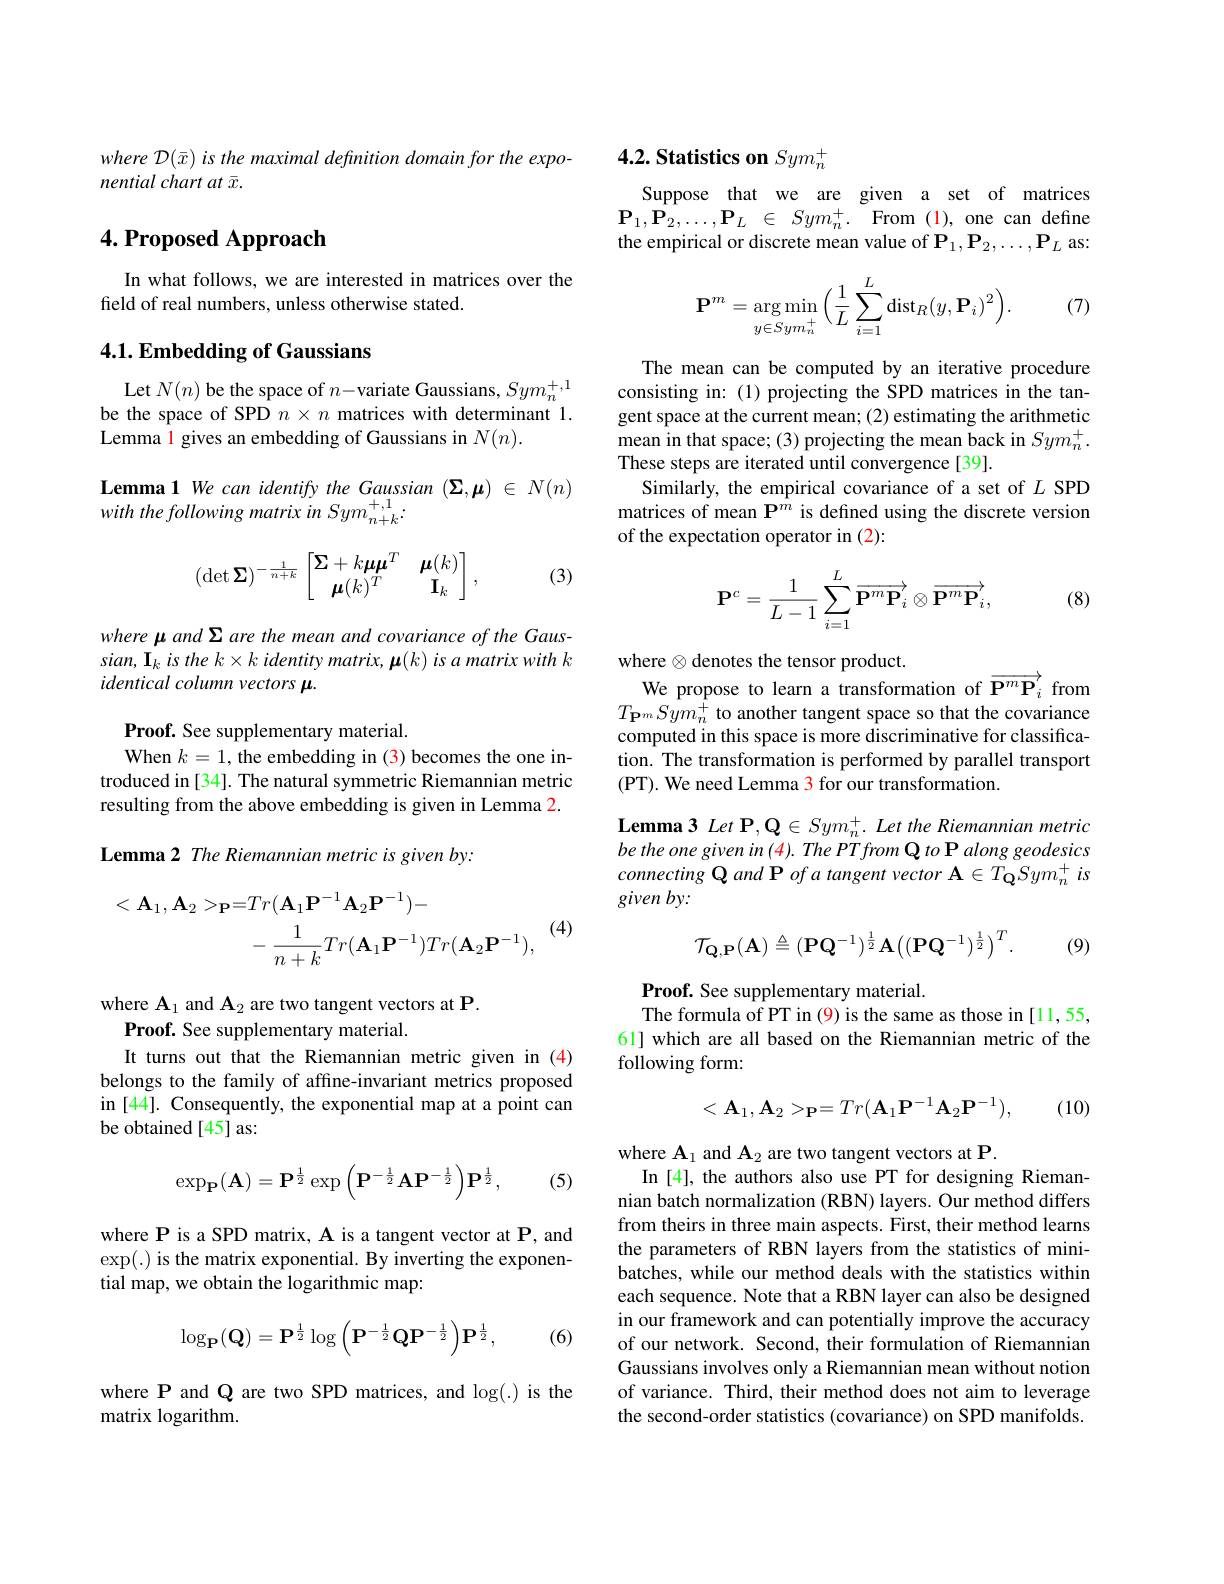
where D(\bar{x}) is the maximal definition domain for the expo-
nential chart at $\bar{x}.$

## $4. \textbf{Proposed Approach}$

In what follows, we are interested in matrices over the
field of real numbers, unless otherwise stated.

## $4. 1. \textbf{Embedding of Gaussians}$

Let $N(n)$ be the space of $n-$variate Gaussians, $Sym_n^{+,1}$ be the space of SPD $n\times n$ matrices with determinant 1. Lemma 1 gives an embedding of Gaussians in $N(n).$

Lemma1 We can identify the Gaussian $(\boldsymbol{\Sigma},\boldsymbol{\mu})\in N(n)$

with the following matrix in Sym $_{n+k}^{+,1}.$
$$(\det\boldsymbol\Sigma)^{-\frac{1}{n+k}}\begin{bmatrix}\boldsymbol\Sigma+k\boldsymbol\mu\boldsymbol\mu^T&\boldsymbol\mu(k)\\\boldsymbol\mu(k)^T&\mathbf{I}_k\end{bmatrix},$$
(3)

where μ and Σ are the mean and covariance of the Gaus- $sian,\mathbf{I}_{k}$ is the $k\times k$ identity matrix, μ$( k) \textit{is a matrix with k}$ identical column vectors \mu.

Proof. See supplementary material.
When $k=1$, the embedding in (3) becomes the one introduced in [34]. The natural symmetric Riemannian metric resulting from the above embedding is given in Lemma 2. Lemma 2 The Riemannian metric is given by:

(4)
$$\begin{aligned}<\mathbf{A}_{1},\mathbf{A}_{2}>_{\mathbf{P}}&=Tr(\mathbf{A}_{1}\mathbf{P}^{-1}\mathbf{A}_{2}\mathbf{P}^{-1})-\\&-\:\frac{1}{n+k}Tr(\mathbf{A}_{1}\mathbf{P}^{-1})Tr(\mathbf{A}_{2}\mathbf{P}^{-1}),\end{aligned}$$
where $\mathbf{A}_1$ and $\mathbf{A}_2$ are two tangent vectors at P.
Proof. See supplementary material.
It turns out that the Riemannian metric given in (4) belongs to the family of affine-invariant metrics proposed in [44]. Consequently, the exponential map at a point can be obtained [45] as:
$$\exp_{\mathbf P}(\mathbf A)=\mathbf P^{\frac{1}{2}}\exp\left(\mathbf P^{-\frac{1}{2}}\mathbf A\mathbf P^{-\frac{1}{2}}\right)\mathbf P^{\frac{1}{2}},$$
(5)

where P is a SPD matrix, A is a tangent vector at $\mathbf{P}$, and $\exp(.)$ is the matrix exponential. By inverting the exponential map, we obtain the logarithmic map:
$$\log_\mathbf{P}(\mathbf{Q})=\mathbf{P}^{\frac{1}{2}}\log\left(\mathbf{P}^{-\frac{1}{2}}\mathbf{Q}\mathbf{P}^{-\frac{1}{2}}\right)\mathbf{P}^{\frac{1}{2}},$$
(6)

where P and Q are two SPD matrices, and $\log(.)$ is the
matrix logarithm.

# 4.2. Statistics on $Sym_n^+$

Suppose that we are given a set of matrices $\mathbf{P} _{1}, \mathbf{P} _{2}, \ldots , \mathbf{P} _{L}$ $\in$ $Sym_{n}^{+ }.$ From(1),one can define the empirical or discrete mean value of $\mathbf{P}_1,\mathbf{P}_2,\ldots,\mathbf{P}_L$ as:

(7)
$$\mathbf{P}^m=\underset{y\in Sym_n^+}{\arg\min}\Big(\frac{1}{L}\sum_{i=1}^{L}\mathrm{dist}_{R}(y,\mathbf{P}_{i})^2\Big).$$
The mean can be computed by an iterative procedure consisting in: (1) projecting the SPD matrices in the tangent space at the current mean; (2) estimating the arithmetic mean in that space; (3) projecting the mean back in $Sym_{n}^{+}.$ These steps are iterated until convergence[39].
Similarly, the empirical covariance of a set of $L$ SPD matrices of mean $\mathbf{P}^m$ is defined using the discrete version of the expectation operator in (2):
$$\mathbf{P}^c=\frac{1}{L-1}\sum_{i=1}^{L}\overrightarrow{\mathbf{P}^m\mathbf{P}_i}\otimes\overrightarrow{\mathbf{P}^m\mathbf{P}_i},$$
(8)

where $\otimes$ denotes the tensor product.
We propose to learn a transformation of $\overrightarrow{\mathbf{P}^m\mathbf{P}_i}$ from $T_{\mathbf{P}^m}Sym_{n}^{+}$ to another tangent space so that the covariance computed in this space is more discriminative for classification. The transformation is performed by parallel transport (PT). We need Lemma 3 for our transformation.

$\textbf{Lemma3 Let P, Q}\in Sym_{n}^{+ }.$ Let the Riemannian metric be the one given in (4). The PTfrom Q to P along geodesics connecting Q and P of a tangent vector A $\in T_\mathbf{Q}Sym_{n}^{+}$ is given by:
$$\mathcal{T}_{\mathbf{Q},\mathbf{P}}(\mathbf{A})\triangleq(\mathbf{P}\mathbf{Q}^{-1})^{\frac{1}{2}}\mathbf{A}\big((\mathbf{P}\mathbf{Q}^{-1})^{\frac{1}{2}}\big)^{T}.$$
(9)

Proof. See supplementary material.
The formula of PT in (9) is the same as those in [11,55, 61] which are all based on the Riemannian metric of the following form:
$$<\mathbf{A}_1,\mathbf{A}_2>_\mathbf{P}=Tr(\mathbf{A}_1\mathbf{P}^{-1}\mathbf{A}_2\mathbf{P}^{-1}),$$
(10)

where $\mathbf{A}_1$ and $\mathbf{A}_2$ are two tangent vectors at P.
In [4], the authors also use PT for designing Riemannian batch normalization (RBN) layers. Our method differs from theirs in three main aspects. First, their method learns the parameters of RBN layers from the statistics of minibatches, while our method deals with the statistics within each sequence. Note that a RBN layer can also be designed in our framework and can potentially improve the accuracy of our network. Second, their formulation of Riemannian Gaussians involves only a Riemannian mean without notion of variance. Third, their method does not aim to leverage the second-order statistics (covariance) on SPD manifolds